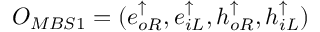
O _ { M B S 1 } = ( e _ { o R } ^ { \uparrow } , e _ { i L } ^ { \uparrow } , h _ { o R } ^ { \uparrow } , h _ { i L } ^ { \uparrow } )